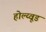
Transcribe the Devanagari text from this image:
होल्य्वूड